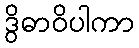
ဒွိဓာဝိပါကာ